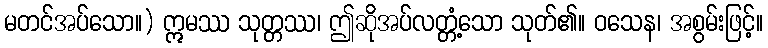
မတင်အပ်သော။) ဣမဿ သုတ္တဿ၊ ဤဆိုအပ်လတ္တံ့သော သုတ်၏။ ဝသေန၊ အစွမ်းဖြင့်။